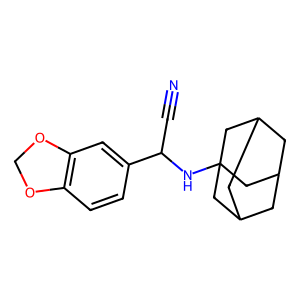
SMILES: N#CC(NC12CC3CC(CC(C3)C1)C2)c1ccc2c(c1)OCO2
Inhibits HIV replication: No